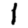
Digit: 1